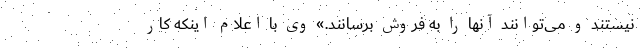
نیستند و می‌توانند آنها را به فروش برسانند.» وی با اعلام اینکه کار